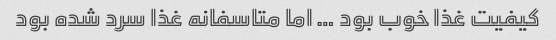
کیفیت غذا خوب بود … اما متاسفانه غذا سرد شده بود